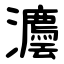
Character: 灋